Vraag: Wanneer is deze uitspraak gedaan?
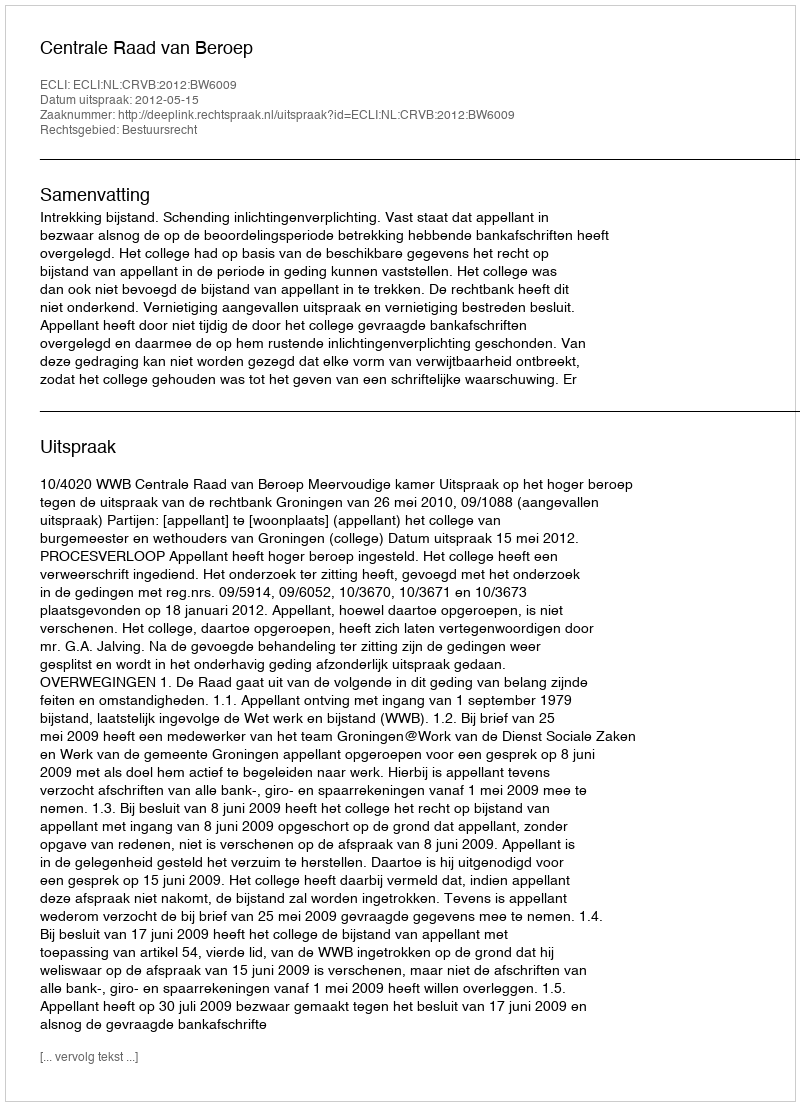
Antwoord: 2012-05-15